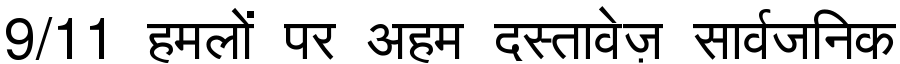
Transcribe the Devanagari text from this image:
9/11 हमलों पर अहम दस्तावेज़ सार्वजनिक